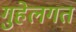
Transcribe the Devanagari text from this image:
गुहेलगत